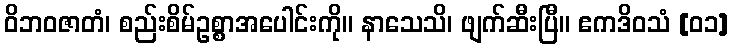
ဝိဘဝဇာတံ၊ စည်းစိမ်ဥစ္စာအပေါင်းကို။ နာသေသိ၊ ဖျက်ဆီးပြီ။ ဧကဒိဝသံ [၀၁]